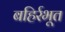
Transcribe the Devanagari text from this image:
बहिर्रभूत